Annual report of lunatic asylums [Bombay] - 1912-1922
Year: 1912
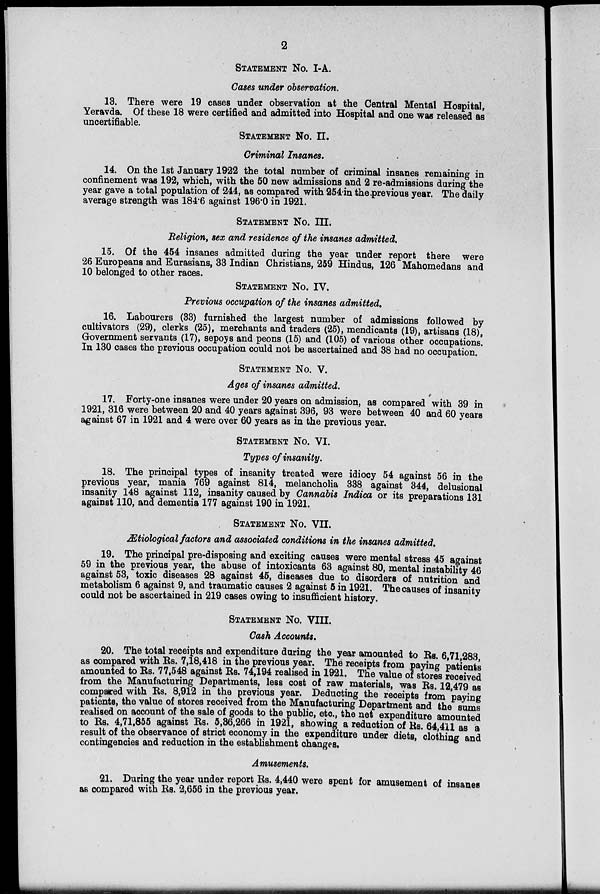
2
STATEMENT No. I-A.
Cases under observation.
13. There were 19 cases under observation at the Central Mental Hospital,
Yeravda. Of these 18 were certified and admitted into Hospital and one was released as
uncertifiable.
STATEMENT No. II.
Criminal Insanes.
14. On the 1st January 1922 the total number of criminal insanes remaining in
confinement was 192, which, with the 50 new admissions and 2 re-admissions during the
year gave a total population of 244, as compared with 254 in the previous year. The daily
average strength was 184.6 against 196.0 in 1921.
STATEMENT NO. III.
Religion, sex and residence of the insanes admitted.
15. Of the 454 insanes admitted during the year under report there were
26 Europeans and Eurasians, 33 Indian Christians, 259 Hindus, 126 Mahomedans and
10 belonged to other races.
STATEMENT No. IV.
Previous occupation of the insanes admitted,
16. Labourers (33) furnished the largest number of admissions followed by
cultivators (29), clerks (25), merchants and traders (25), mendicants (19), artisans (18),
Government servants (17), sepoys and peons (15) and (105) of various other occupations.
In 130 cases the previous occupation could not be ascertained and 38 had no occupation.
STATEMENT No. V.
Ages of insanes admitted.
17. Forty-one insanes were under 20 years on admission, as compared with 39 in
1921, 316 were between 20 and 40 years against 396, 93 were between 40 and 60 years
against 67 in 1921 and 4 were over 60 years as in the previous year.
STATEMENT No. VI.
Types of insanity.
18. The principal types of insanity treated were idiocy 54 against 56 in the
previous year, mania 769 against 814, melancholia 338 against 344, delusional
insanity 148 against 112, insanity caused by Cannabis Indica or its preparations 131
against 110, and dementia 177 against 190 in 1921.
STATEMENT No. VII.
Ætiological factors and associated conditions in the insanes admitted.
19. The principal pre-disposing and exciting causes were mental stress 45 against
59 in the previous year, the abuse of intoxicants 63 against 80, mental instability 46
against 53, toxic diseases 28 against 45, diseases due to disorders of nutrition and
metabolism 6 against 9, and traumatic causes 2 against 5 in 1921. The causes of insanity
could not be ascertained in 219 cases owing to insufficient history.
STATEMENT NO. VIII.
Cash Accounts.
20. The total receipts and expenditure during the year amounted to Rs. 6,71,283,
as compared with Rs. 7,18,418 in the previous year. The receipts from paying patients
amounted to Rs. 77,548 against Rs. 74,194 realised in 1921. The value of stores received
from the Manufacturing Departments, less cost of raw materials, was Rs. 12,479 as
compared with Rs. 8,912 in the previous year. Deducting the receipts from paying
patients, the value of stores received from the Manufacturing Department and the sums
realised on account of the sale of goods to the public, etc., the net expenditure amounted
to Rs. 4,71,855 against Rs. 5,86,266 in 1921, showing a reduction of Rs. 64,411 as a
result of the observance of strict economy in the expenditure under diets, clothing and
contingencies and reduction in the establishment changes.
Amusements.
21. During the year under report Rs. 4,440 were spent for amusement of insanes
as compared with Rs. 2,656 in the previous year.